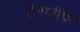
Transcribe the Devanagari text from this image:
सेनानींवर